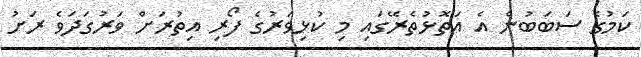
ކަމުގެ ސަބަބުން އެ އަތޮޅުތެރޭގައި މި ކުޅިވަރުގެ ފޯރި އިތުރަށް ވަރުގަދަވެ ރަށު